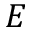
E